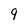
Character: 9